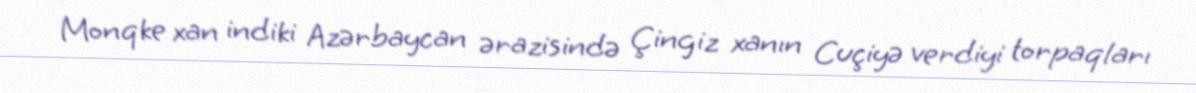
Monqke xan indiki Azərbaycan ərazisində Çingiz xanın Cuçiyə verdiyi torpaqları